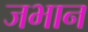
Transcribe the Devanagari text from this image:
जभान